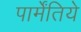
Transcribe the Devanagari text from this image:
पार्मेंतिये